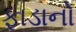
ફાડાનો